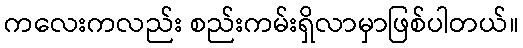
ကလေးကလည်း စည်းကမ်းရှိလာမှာဖြစ်ပါတယ်။